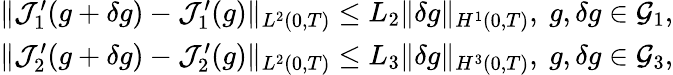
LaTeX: \begin{array}{r}{\Vert\mathcal{J}_{1}^{\prime}(g+\delta g)-\mathcal{J}_{1}^{\prime}(g)\Vert_{L^{2}(0,T)}\leq L_{2}\Vert\delta g\Vert_{H^{1}(0,T)},\ g,\delta g\in\mathcal{G}_{1},}\\ {\Vert\mathcal{J}_{2}^{\prime}(g+\delta g)-\mathcal{J}_{2}^{\prime}(g)\Vert_{L^{2}(0,T)}\leq L_{3}\Vert\delta g\Vert_{H^{3}(0,T)},\ g,\delta g\in\mathcal{G}_{3},}\end{array}